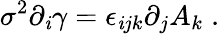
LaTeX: \sigma^{2}\partial_{\mathit{i}}\gamma=\epsilon_{\mathit{i}jk}\partial_{j}A_{k}\; .